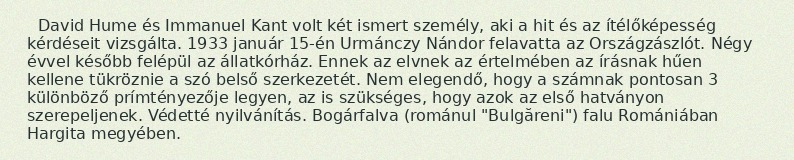
David Hume és Immanuel Kant volt két ismert személy, aki a hit és az ítélőképesség kérdéseit vizsgálta. 1933 január 15-én Urmánczy Nándor felavatta az Országzászlót. Négy évvel később felépül az állatkórház. Ennek az elvnek az értelmében az írásnak hűen kellene tükröznie a szó belső szerkezetét. Nem elegendő, hogy a számnak pontosan 3 különböző prímtényezője legyen, az is szükséges, hogy azok az első hatványon szerepeljenek. Védetté nyilvánítás. Bogárfalva (románul "Bulgăreni") falu Romániában Hargita megyében.